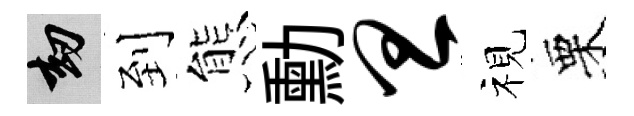
劫到態勳旦视栗